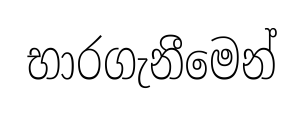
භාරගැනීමෙන්